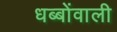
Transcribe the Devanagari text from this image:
धब्बोंवाली